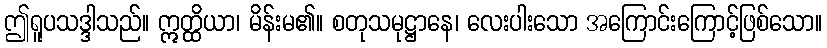
ဤရူပသဒ္ဒါသည်။ ဣတ္ထိယာ၊ မိန်းမ၏။ စတုသမုဋ္ဌာနေ၊ လေးပါးသော အကြောင်းကြောင့်ဖြစ်သော။